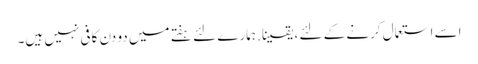
اسے استعمال کرنے کے لئے ، یقینا. ہمارے لئے ہفتے میں دو دن کافی نہیں ہیں۔